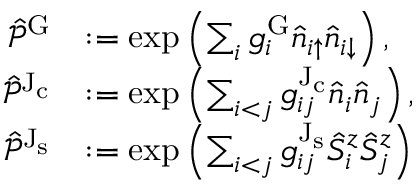
\begin{array} { r l } { \hat { \mathcal { P } } ^ { \mathrm { G } } } & { : = \exp \left( \sum _ { i } g _ { i } ^ { \mathrm { G } } \hat { n } _ { i { \uparrow } } \hat { n } _ { i { \downarrow } } \right) , } \\ { \hat { \mathcal { P } } ^ { \mathrm { J _ { c } } } } & { : = \exp \left( \sum _ { i < j } g _ { i j } ^ { \mathrm { J _ { c } } } \hat { n } _ { i } \hat { n } _ { j } \right) , } \\ { \hat { \mathcal { P } } ^ { \mathrm { J _ { s } } } } & { : = \exp \left( \sum _ { i < j } g _ { i j } ^ { \mathrm { J _ { s } } } \hat { S } _ { i } ^ { z } \hat { S } _ { j } ^ { z } \right) } \end{array}